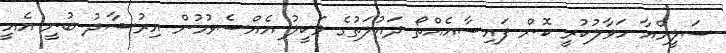
ސަލީމްއާ ހަވާލުކުރީ ކޮން ފައިސާއެއްތޯ ދައުލަތުގެ ވަކީލު އެއްސެވުމުން އިރުޝާދު ބުނީ އެއީ